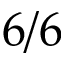
6 / 6